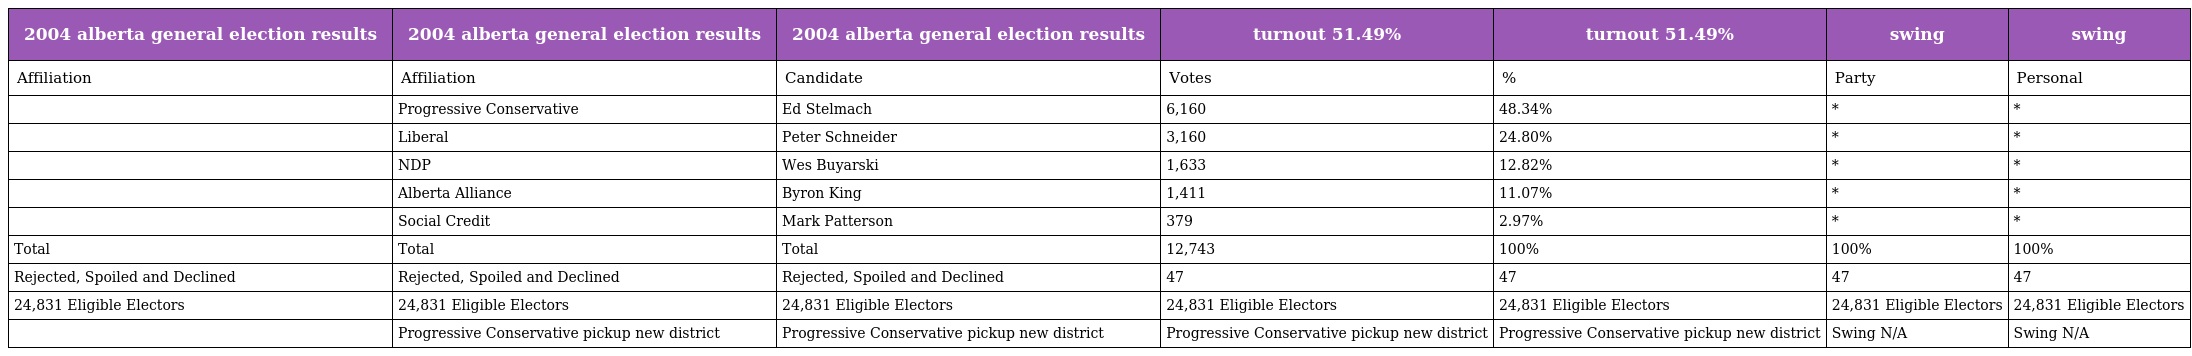
| 2004 alberta general election results | 2004 alberta general election results | 2004 alberta general election results | turnout 51.49% | turnout 51.49% | swing | swing |
 | --- | --- | --- | --- | --- | --- | --- |
 | Affiliation | Affiliation | Candidate | Votes | % | Party | Personal |
 |  | Progressive Conservative | Ed Stelmach | 6,160 | 48.34% | * | * |
 |  | Liberal | Peter Schneider | 3,160 | 24.80% | * | * |
 |  | NDP | Wes Buyarski | 1,633 | 12.82% | * | * |
 |  | Alberta Alliance | Byron King | 1,411 | 11.07% | * | * |
 |  | Social Credit | Mark Patterson | 379 | 2.97% | * | * |
 | Total | Total | Total | 12,743 | 100% | 100% | 100% |
 | Rejected, Spoiled and Declined | Rejected, Spoiled and Declined | Rejected, Spoiled and Declined | 47 | 47 | 47 | 47 |
 | 24,831 Eligible Electors | 24,831 Eligible Electors | 24,831 Eligible Electors | 24,831 Eligible Electors | 24,831 Eligible Electors | 24,831 Eligible Electors | 24,831 Eligible Electors |
 |  | Progressive Conservative pickup new district | Progressive Conservative pickup new district | Progressive Conservative pickup new district | Progressive Conservative pickup new district | Swing N/A | Swing N/A |